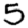
Digit: 5